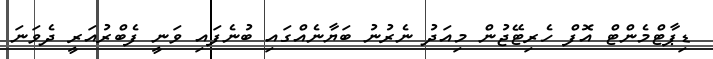
ޑިޕާޓްމެންޓް އޮފް ހެރިޓޭޖުން މިއަދު ނެރުނު ބަޔާނެއްގައި ބުނެފައި ވަނީ ފެބްރުއަރީ ދެވަނަ